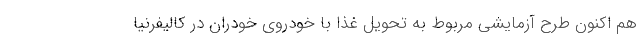
هم اکنون طرح آزمایشی مربوط به تحویل غذا با خودروی خودران در کالیفرنیا